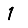
Digit: 1